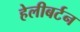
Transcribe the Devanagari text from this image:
हेलीबर्टन